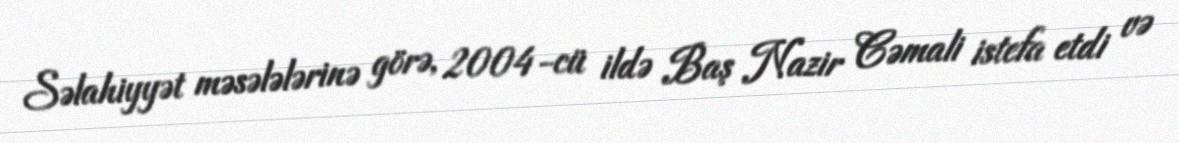
Səlahiyyət məsələlərinə görə, 2004-cü ildə Baş Nazir Cəmali istefa etdi və